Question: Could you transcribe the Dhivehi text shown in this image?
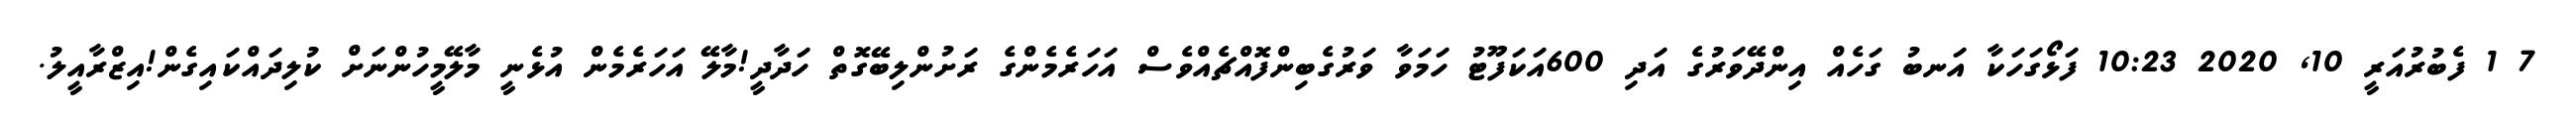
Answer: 7 1 ފެބުރުއަރީ 10, 2020 10:23 ފަޅޯގަހަކާ އަނބު ގަހެއް އިންދޭވަރުގެ އަދި 600އަކަފޫޓު ހަމަވާ ވަރުގެބިންފޮއްޗެއްވެސް އަހަރެމެންގެ ރަށުންލިބޭގޮތް ހަދާދީ!މާލޭ އަހަރެމެން އުޅެނީ މާލޭމީހުންނަށް ކުލިދައްކައިގެން!އިޒްރާއީލު.